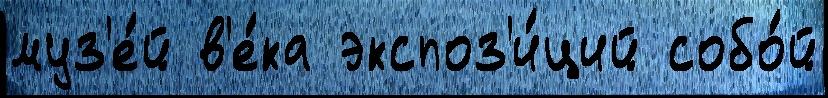
муз'е́й в'е́ка экспоз'и́ций собо́й